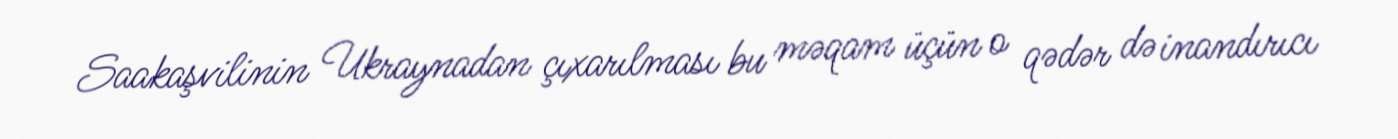
Saakaşvilinin Ukraynadan çıxarılması bu məqam üçün o qədər də inandırıcı